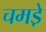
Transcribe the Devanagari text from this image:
चमडे़